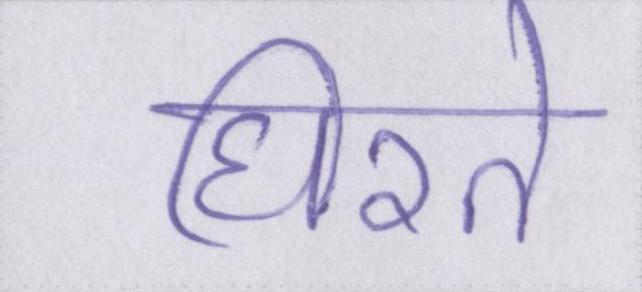
घिरते